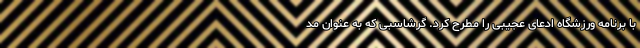
با برنامه ورزشگاه ادعای عجیبی را مطرح کرد. گرشاسبی که به عنوان مد